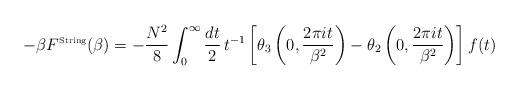
LaTeX: \begin{align*}-\beta F^{\mbox{{\tiny String}}}(\beta)=-\frac{N^2}{8}\int_0^{\infty}\frac{dt}{2}\,t^{-1}\left [\theta_3\left(0,\frac{2 \pi it}{\beta^2}\right)-\theta_2\left(0,\frac{2 \pi it}{\beta^2}\right)\right]f(t) \end{align*}